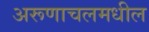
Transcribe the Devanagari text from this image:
अरूणाचलमधील